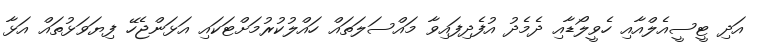
އަދި ޓީސީއެލްއާއި ހެވީލޯޑާއި ދެމެދު އުފެދިފައިވާ މައްސަލަތައް ހައްލުކުރުމަށްޓަކައި އަޅަންޖެހޭ ފިޔަވަޅުތައް އަޅާ